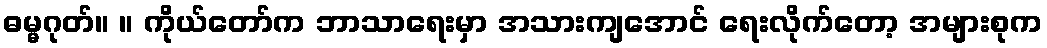
ဓမ္မဂုတ်။ ။ ကိုယ်တော်က ဘာသာရေးမှာ အသားကျအောင် ရေးလိုက်တော့ အများစုက